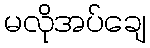
မလိုအပ်ချေ